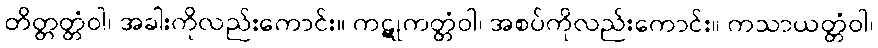
တိတ္တတ္တံဝါ၊ အခါးကိုလည်းကောင်း။ ကဋုကတ္တံဝါ၊ အစပ်ကိုလည်းကောင်း။ ကသာယတ္တံဝါ၊